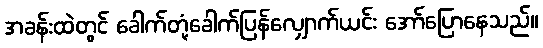
အခန်းထဲတွင် ခေါက်တုံ့ခေါက်ပြန်လျှောက်ယင်း အော်ပြောနေသည်။